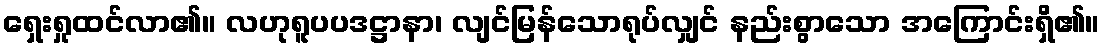
ရှေးရှုထင်လာ၏။ လဟုရူပပဒဋ္ဌာနာ၊ လျင်မြန်သောရုပ်လျှင် နည်းစွာသော အကြောင်းရှိ၏။